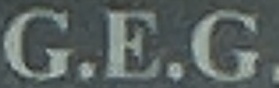
G.E.G